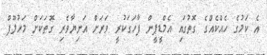
އެ ކަމުގެ ހެއްކެއްގެ ގޮތުގައި އެމްޑީޕީން ފާހަގަކުރީ ވަރަށް އަނިޔާވެރި ގޮތަކަށް މަހުލޫފް